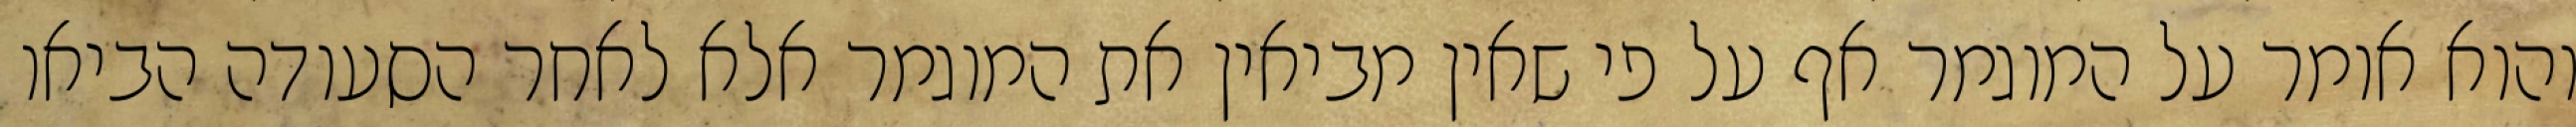
והוא אומר על המוגמר אף על פי שאין מביאין את המוגמר אלא לאחר הסעודה הביאו